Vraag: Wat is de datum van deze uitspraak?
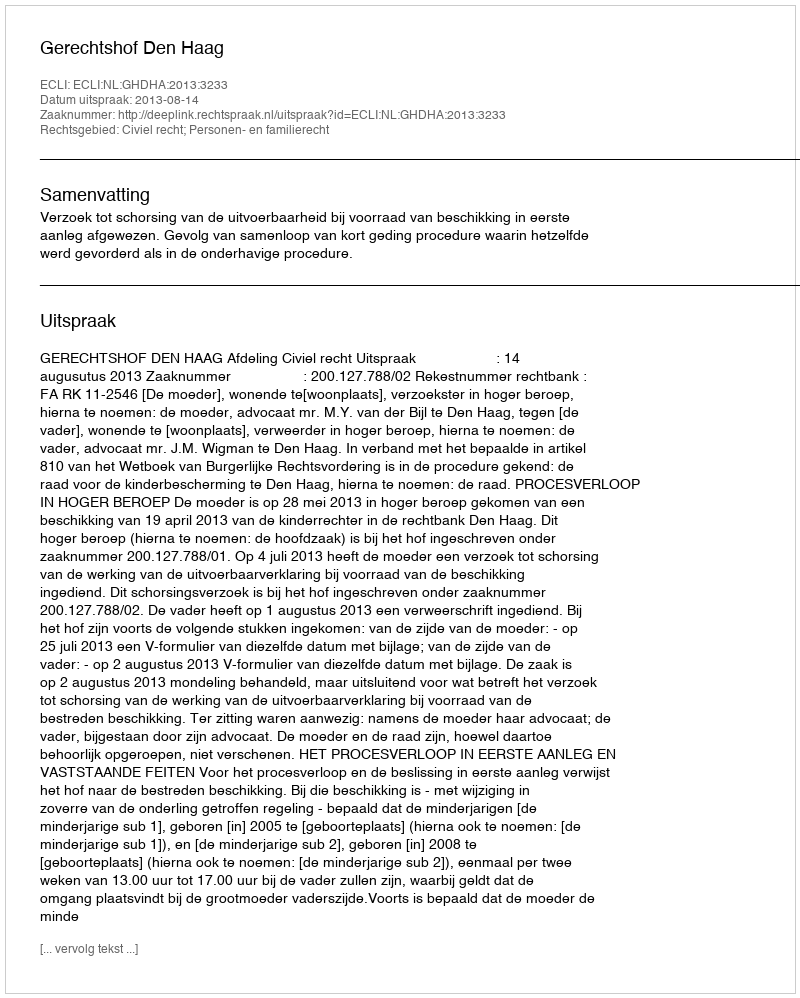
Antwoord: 2013-08-14